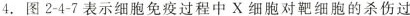
4.图2-4-7表示细胞免疫过程中X细胞对靶细胞的杀伤过